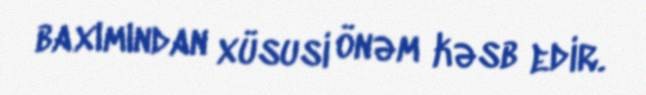
baxımından xüsusi önəm kəsb edir.